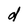
Character: d